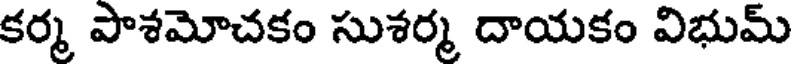
కర్మ పొశమోచకం సుశర్మ దాయకం విభుమ్